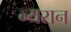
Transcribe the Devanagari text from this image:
न्यरान